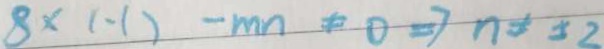
8 \times ( - 1 ) - m n \neq 0 \Rightarrow n \neq \pm 2